Leningradi_Edasi_toimetus, lk 90
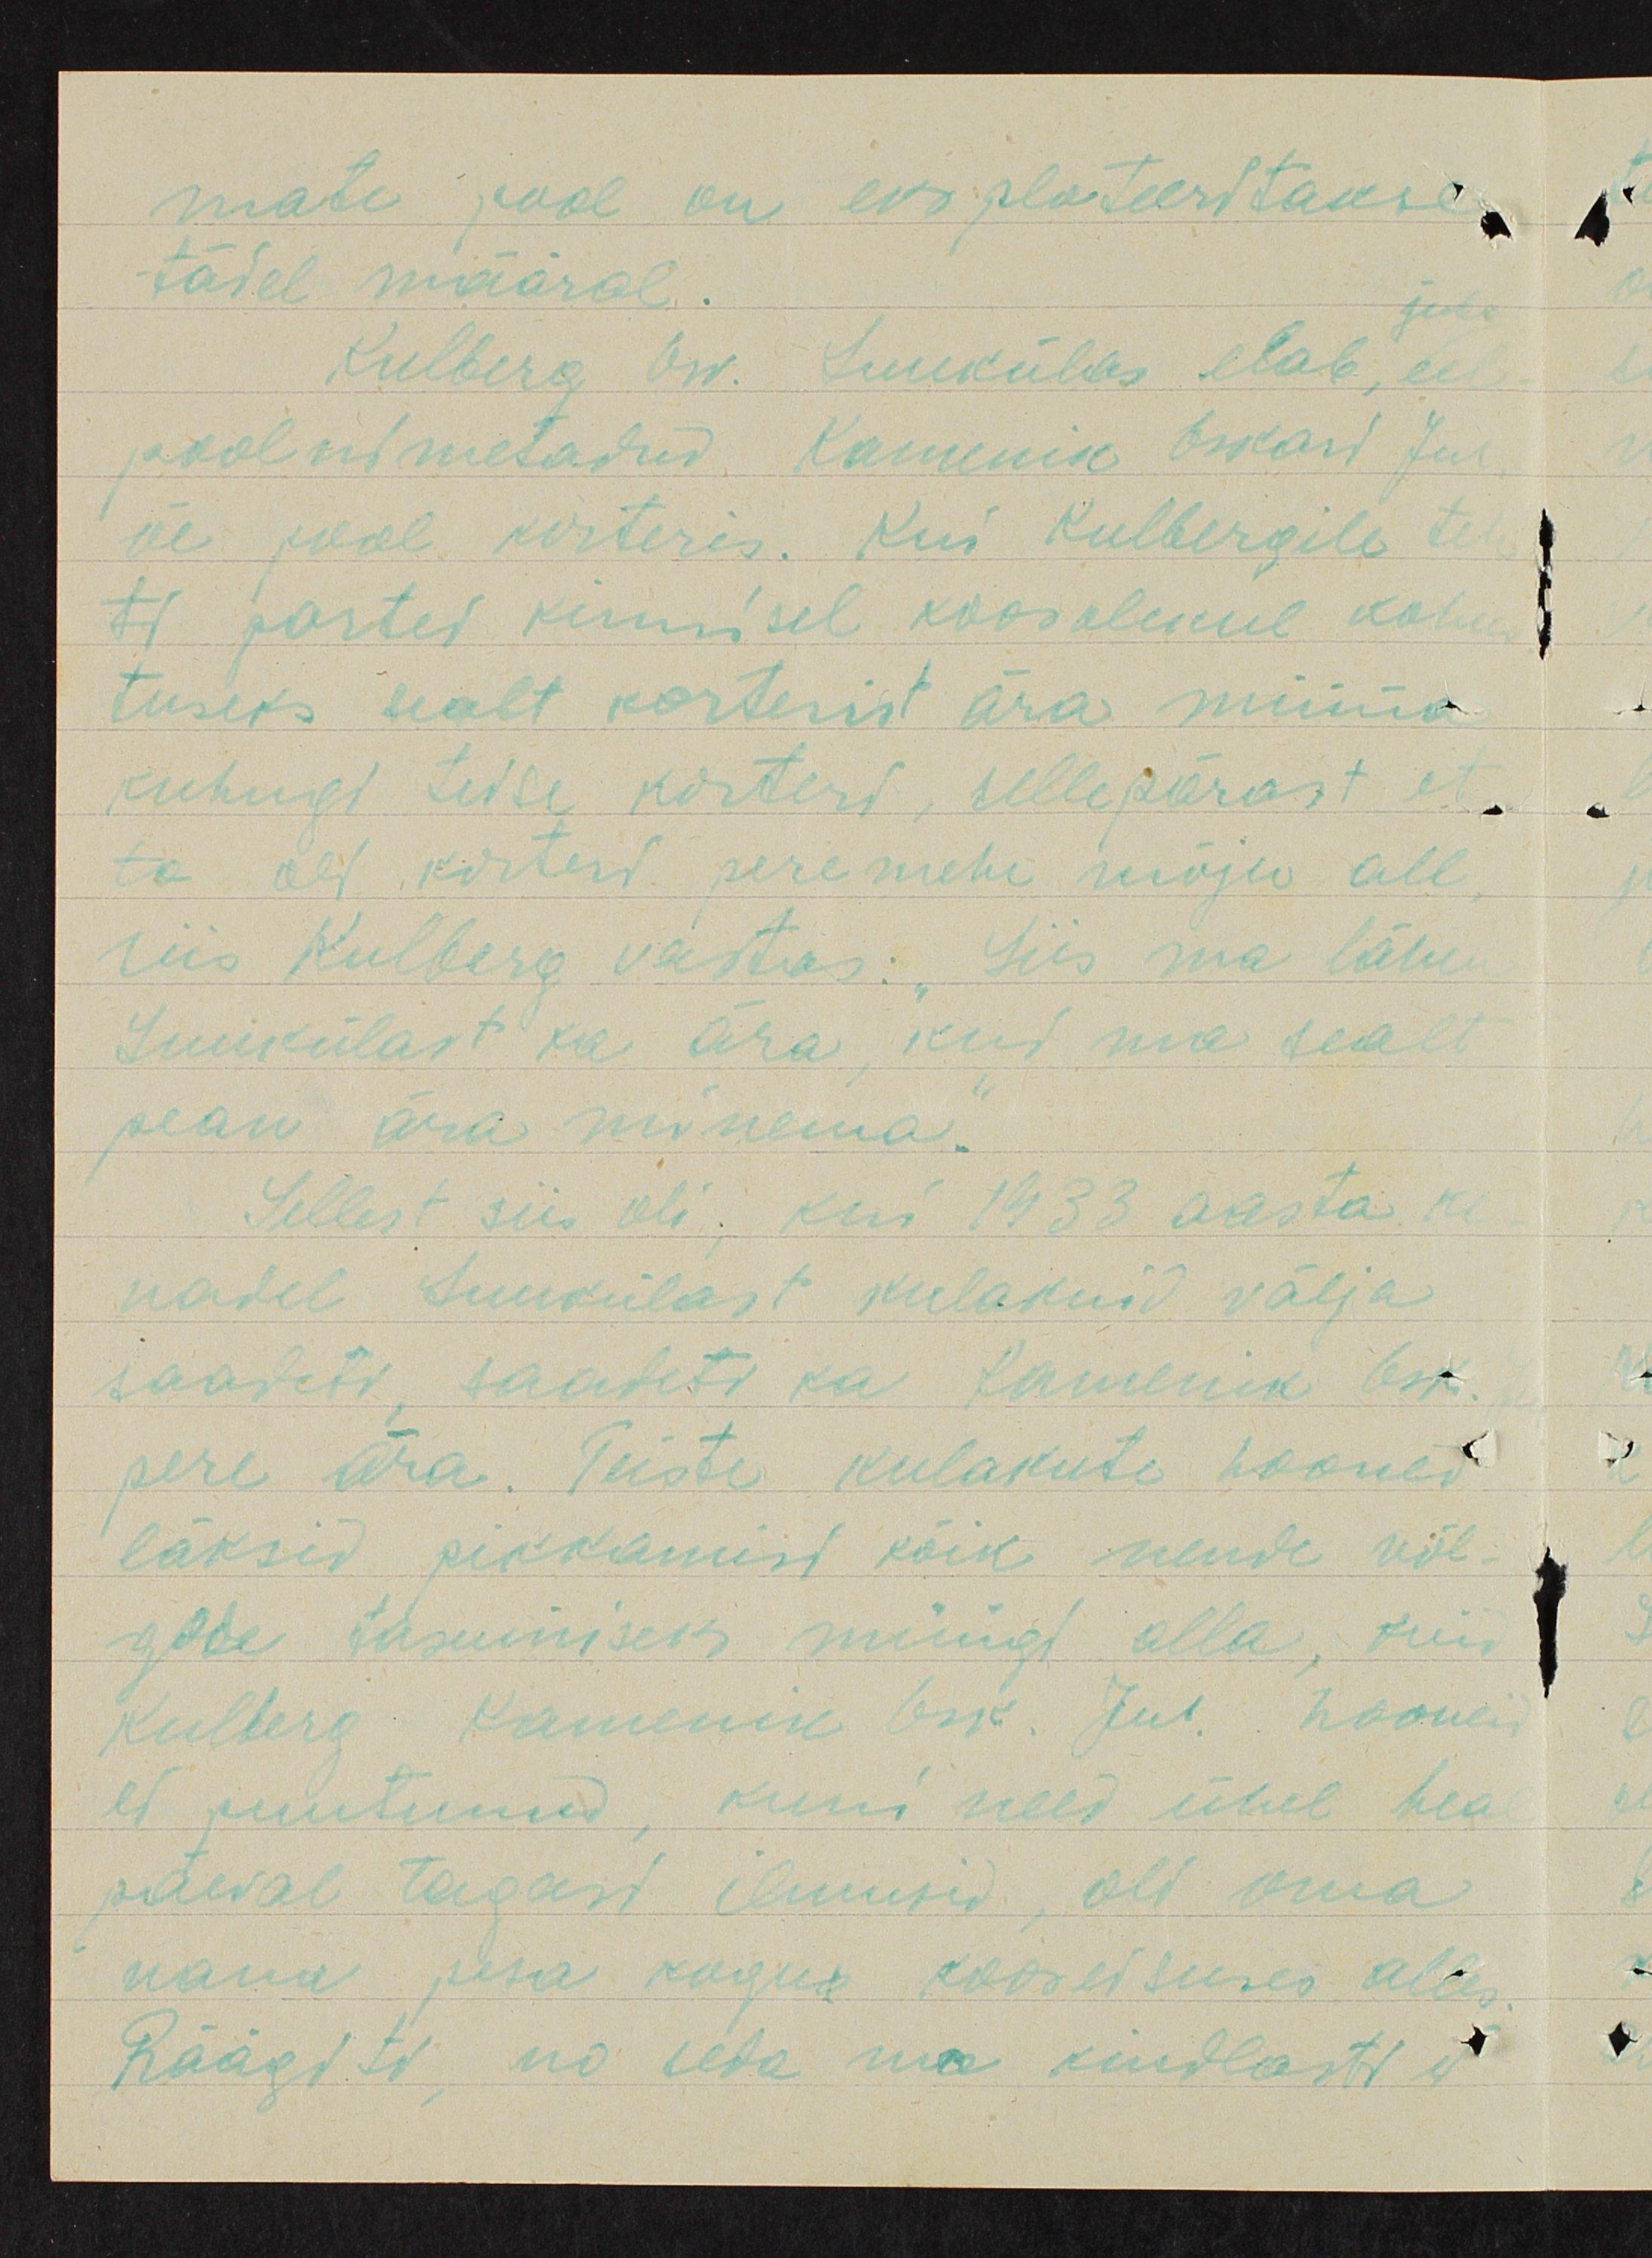
mate pool on eksplateeritakse
täiel määral.
Kulberg Ow. Luukülas elab, eel
pool nimetatud. Kamenik Oskari Jul
õe pool korteris. Kui Kulbergile tel-
tl partei kinnisel koosolekul kohus-
tuseks sealt korterist ära minna
kuhugi teise korteri, sellepärast et
ta all korteri peremehe mõju all
siis Kulberg vastas. "Siis ma lähen
Luukülast ka ära, kui ma sealt
pean ära minema."
Sellest siis oli, kui 1933 aasta ke-
vadel Luukülast kulakuid välja
saadeti, saadeti ka Kamenik Osk.
pere ära. Teiste kulakute hooned
läksid pikkamist kõik nende võl-
gade tasumiseks müügi alla, kuid
Kulberg Kamenik lesk. Jul. hoone-
et puutunud, kuni need ühel heal
päeval tagasi ilmusid, oli oma
vana pesa kogus kooseisuses alles
Räägiti ka seda ma kindlasti